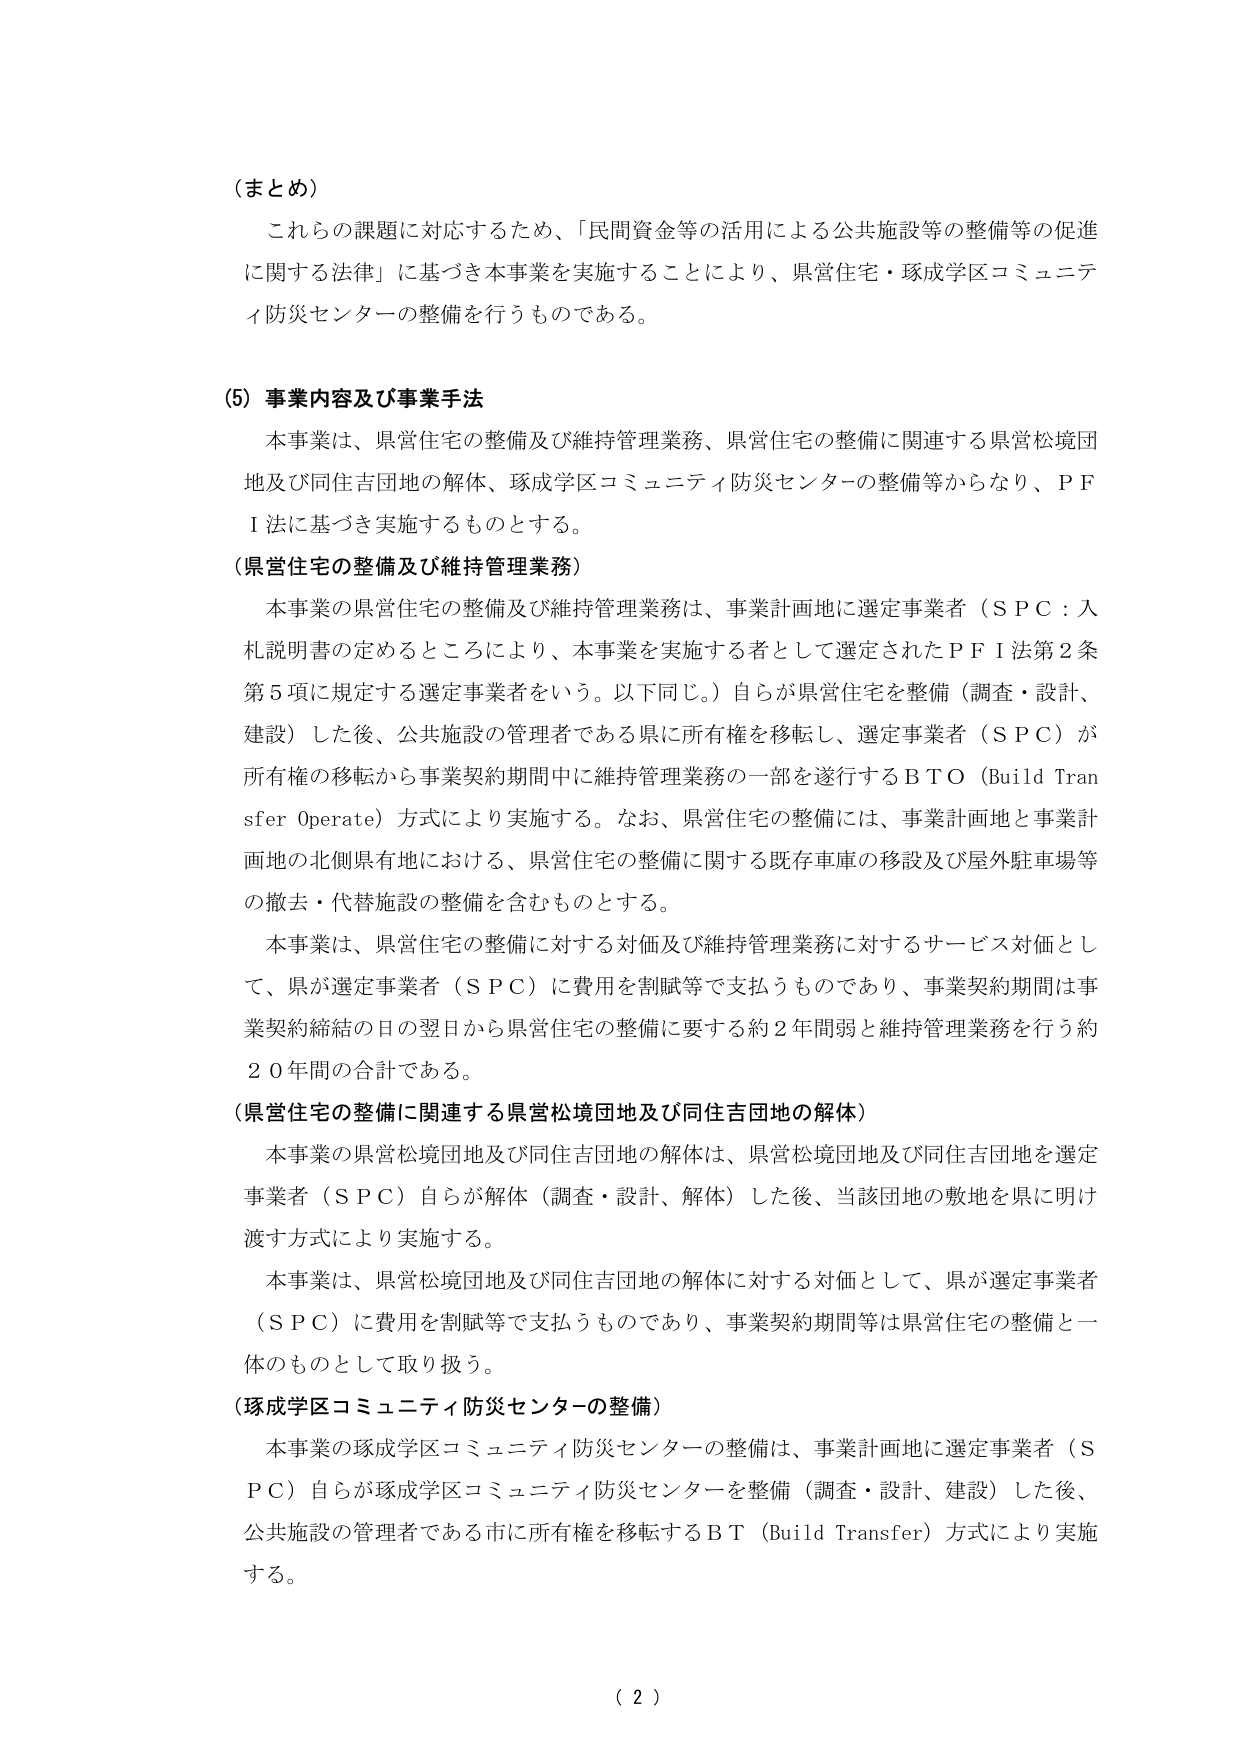
（まとめ）
これらの課題に対応するため、「民間資金等の活用による公共施設等の整備等の促進に関する法律」に基づき本事業を実施することにより、県営住宅・琢成学区コミュニティ防災センターの整備を行うものである。

（5）事業内容及び事業手法
本事業は、県営住宅の整備及び維持管理業務、県営住宅の整備に関連する県営松境団地及び同住吉団地の解体、琢成学区コミュニティ防災センターの整備等からなり、ＰＦＩ法に基づき実施するものとする。

（県営住宅の整備及び維持管理業務）
本事業の県営住宅の整備及び維持管理業務は、事業計画地に選定事業者（ＳＰＣ：入札説明書の定めるところにより、本事業を実施する者として選定されたＰＦＩ法第2条第5項に規定する選定事業者をいう。以下同じ。）自らが県営住宅を整備（調査・設計、建設）した後、公共施設の管理者である県に所有権を移転し、選定事業者（ＳＰＣ）が所有権の移転から事業契約期間中に維持管理業務の一部を遂行するＢＴＯ（Build Transfer Operate）方式により実施する。なお、県営住宅の整備には、事業計画地と事業計画地の北側県有地における、県営住宅の整備に関する既存車庫の移設及び屋外駐車場等の撤去・代替施設の整備を含むものとする。
本事業は、県営住宅の整備に対する対価及び維持管理業務に対するサービス対価として、県が選定事業者（ＳＰＣ）に費用を割賦等で支払うものであり、事業契約期間は事業契約締結の日の翌日から県営住宅の整備に要する約2年間弱と維持管理業務を行う約20年間の合計である。

（県営住宅の整備に関連する県営松境団地及び同住吉団地の解体）
本事業の県営松境団地及び同住吉団地の解体は、県営松境団地及び同住吉団地を選定事業者（ＳＰＣ）自らが解体（調査・設計、解体）した後、当該団地の敷地を県に明け渡す方式により実施する。
本事業は、県営松境団地及び同住吉団地の解体に対する対価として、県が選定事業者（ＳＰＣ）に費用を割賦等で支払うものであり、事業契約期間等は県営住宅の整備と一体のものとして取り扱う。

（琢成学区コミュニティ防災センターの整備）
本事業の琢成学区コミュニティ防災センターの整備は、事業計画地に選定事業者（ＳＰＣ）自らが琢成学区コミュニティ防災センターを整備（調査・設計、建設）した後、公共施設の管理者である市に所有権を移転するＢＴ（Build Transfer）方式により実施する。

（ 2 ）